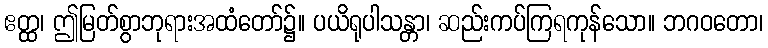
ဧတ္ထ၊ ဤမြတ်စွာဘုရားအထံတော်၌။ ပယိရုပါသန္တာ၊ ဆည်းကပ်ကြရကုန်သော။ ဘဂဝတော၊